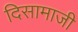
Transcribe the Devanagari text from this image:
दिसामाजी